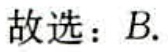
故选：B.